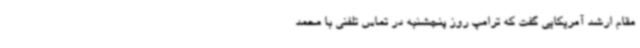
مقام ارشد آمریکایی گفت که ترامپ روز پنجشنبه در تماس تلفنی با محمد